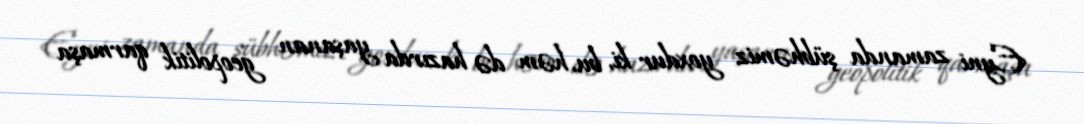
Eyni zamanda şübhəmiz yoxdur ki, bu, həm də hazırda yaşanan geopolitik qarmaşa